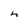
Character: 4